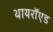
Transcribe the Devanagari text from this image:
थायरॉएड